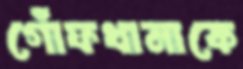
গোঁফখানাকে